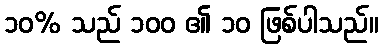
၁၀% သည် ၁၀၀ ၏ ၁၀ ဖြစ်ပါသည်။